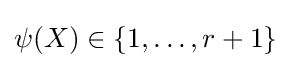
\psi (X)\in \{1,\ldots ,r+1\}